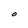
Character: O